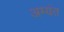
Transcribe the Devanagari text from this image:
अम्यंत